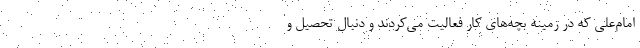
امام‌علی که در زمینه بچه‌های کار فعالیت می‌کردند و دنبال تحصیل و